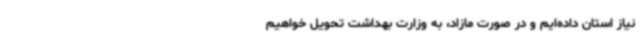
نیاز استان داده‌ایم و در صورت مازاد، به وزارت بهداشت تحویل خواهیم